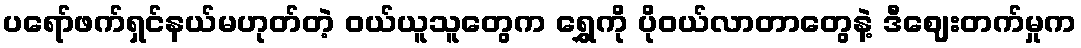
ပရော်ဖက်ရှင်နယ်မဟုတ်တဲ့ ဝယ်ယူသူတွေက ရွှေကို ပိုဝယ်လာတာတွေနဲ့ ဒီဈေးတက်မှုက